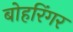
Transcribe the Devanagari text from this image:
बोहरिंगर